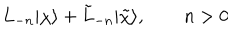
LaTeX: L _ { - n } | \chi \rangle + \tilde { L } _ { - n } | \tilde { \chi } \rangle , \qquad n > 0